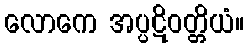
လောကေ အပ္ပဋိဝတ္တိယံ။